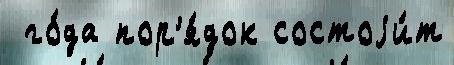
 го́да пор'я́док состоjи́т